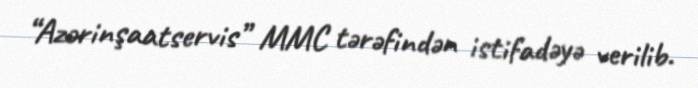
“Azərinşaatservis” MMC tərəfindən istifadəyə verilib.